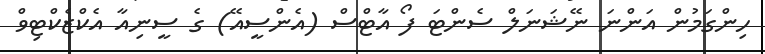
ހިންގަމުން އަންނަ ނޭޝަނަލް ސެންޓަ ފޯ އާޓްސް (އެންސީއޭ) ގެ ސީނިއާ އެކްޒެކްޓިވް